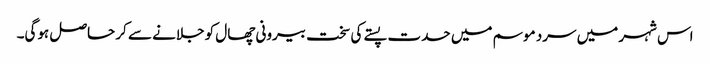
اس شہر میں سرد موسم میں حدت پستے کی سخت بیرونی چھال کو جلانے سے کر حاصل ہوگی۔